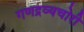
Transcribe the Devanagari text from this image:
गणद्रव्यचोरी